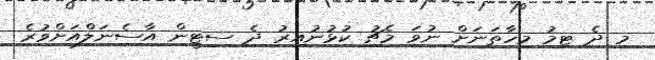
މި ދެ ޓިމު މިހާތަނަށް ނުވަ މެޗު ކުޅުނުއިރު ދެ ސިޓީން އާސެނަލްއަށްވުރެ